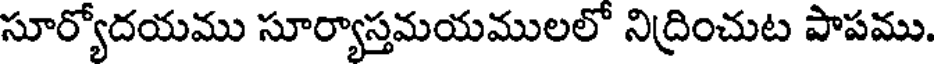
సూర్యోదయము సూర్యాస్తమయములలో నిద్రించుట పాపము.